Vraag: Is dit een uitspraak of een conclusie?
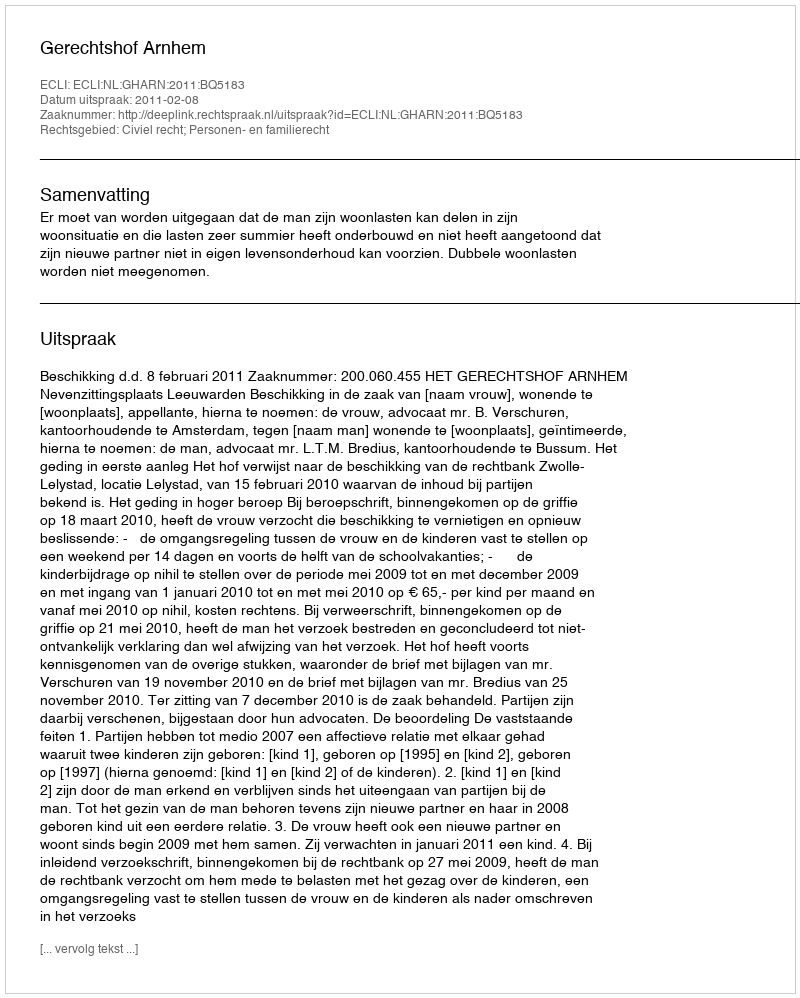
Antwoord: Uitspraak